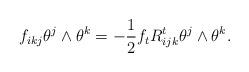
LaTeX: \begin{align*}f_{ikj}\theta^j \wedge \theta^k = -\frac{1}{2} f_t R^t_{ijk}\theta^j \wedge \theta^k.\end{align*}